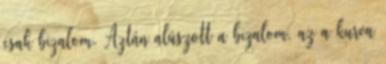
csak bizalom. Aztán alúszott a bizalom, az a kurva